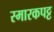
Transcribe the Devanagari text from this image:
स्मारकपट्ट